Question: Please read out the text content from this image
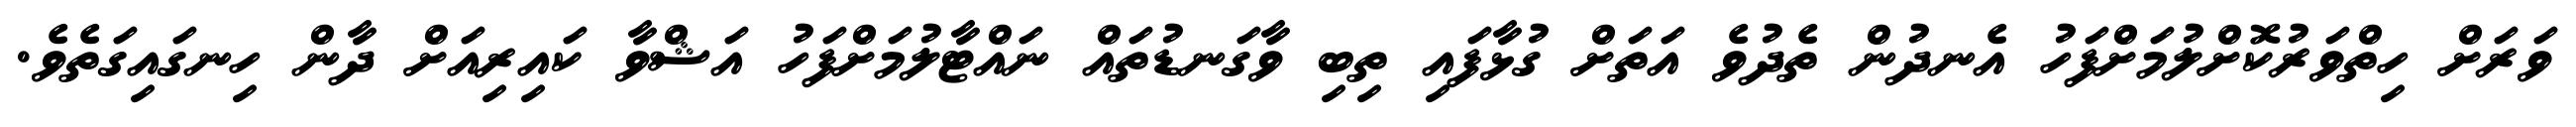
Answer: ވަރަށް ހިތްވަރުކޮށްލުމަށްފަހު އެނދުން ތެދުވެ އަތަށް ގުޅާފައި ތިބި ވާގަނޑުތައް ނައްޓާލުމަށްފަހު އަޝްވާ ކައިރިއަށް ދާން ހިނގައިގަތެވެ.